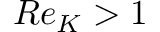
R e _ { K } > 1